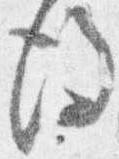
後